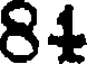
81